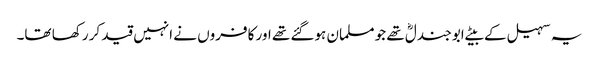
یہ سہیل کے بیٹے ابو جندلؓ تھے جو مسلمان ہوگئے تھے اور کافروں نے انہیں قید کر رکھا تھا۔